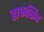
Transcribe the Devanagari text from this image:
हाफसिद